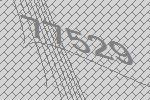
77529